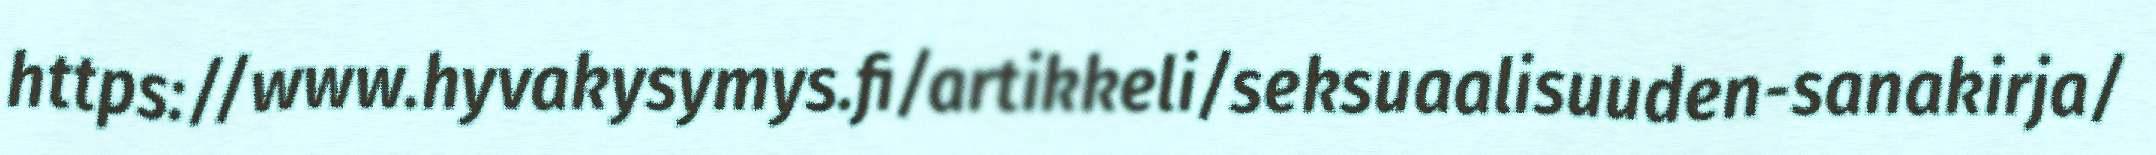
https://www.hyvakysymys.fi/artikkeli/seksuaalisuuden-sanakirja/